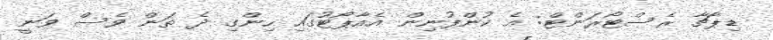
ޑިޕާޗާ ރެސްޓޯރަންޓް: އެ ކުންފުނިން އެއާޕޯޓުގައި ހިންގި ދެ ތަން ވެސް ވަނީ